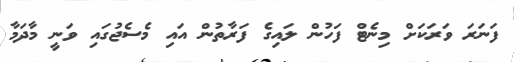
ފަނަރަ ވަރަކަށް މިނެޓް ފަހުން ލައިގެ ފަރާތުން އައި މެސެޖުގައި ވަނީ މާދަމާ